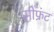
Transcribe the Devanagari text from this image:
सीफ्रंट